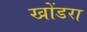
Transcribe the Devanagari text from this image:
खोंडरा